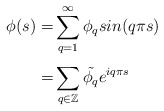
\begin{align*}\phi(s) =& \sum_{q=1}^{\infty}\phi_q sin(q\pi s)\\=&\sum_{q\in\mathbb{Z}}^{}\tilde{\phi_q} e^{i q\pi s}\end{align*}